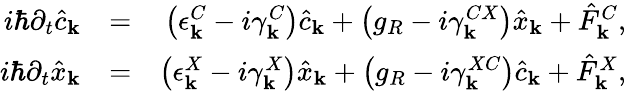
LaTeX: \begin{array}{rlr}{i\hbar\partial_{t}\hat{c}_{\mathbf k}}&{=}&{\left(\epsilon_{\mathbf k}^{C}-i\gamma_{\mathbf k}^{C}\right)\hat{c}_{\mathbf k}+\left(g_{R}-i\gamma_{\mathbf k}^{CX}\right)\hat{x}_{\mathbf k}+\hat{F}_{\mathbf k}^{C},}\\ {i\hbar\partial_{t}\hat{x}_{\mathbf k}}&{=}&{\left(\epsilon_{\mathbf k}^{X}-i\gamma_{\mathbf k}^{X}\right)\hat{x}_{\mathbf k}+\left(g_{R}-i\gamma_{\mathbf k}^{XC}\right)\hat{c}_{\mathbf k}+\hat{F}_{\mathbf k}^{X},}\end{array}